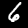
Label: 6